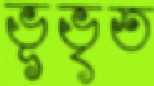
ভূভৃত